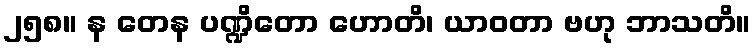
၂၅၈။ န တေန ပဏ္ဍိတော ဟောတိ၊ ယာဝတာ ဗဟု ဘာသတိ။